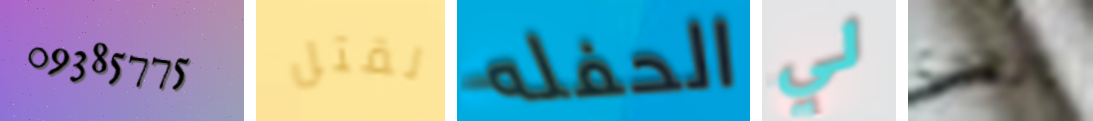
09385775 لقتل الحفله لي التي